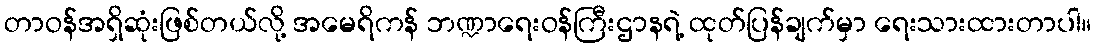
တာဝန်အရှိဆုံးဖြစ်တယ်လို့ အမေရိကန် ဘဏ္ဍာရေးဝန်ကြီးဌာနရဲ့ ထုတ်ပြန်ချက်မှာ ရေးသားထားတာပါ။